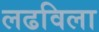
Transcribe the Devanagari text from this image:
लढविला